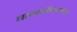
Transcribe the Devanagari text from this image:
बटबटीतपणा